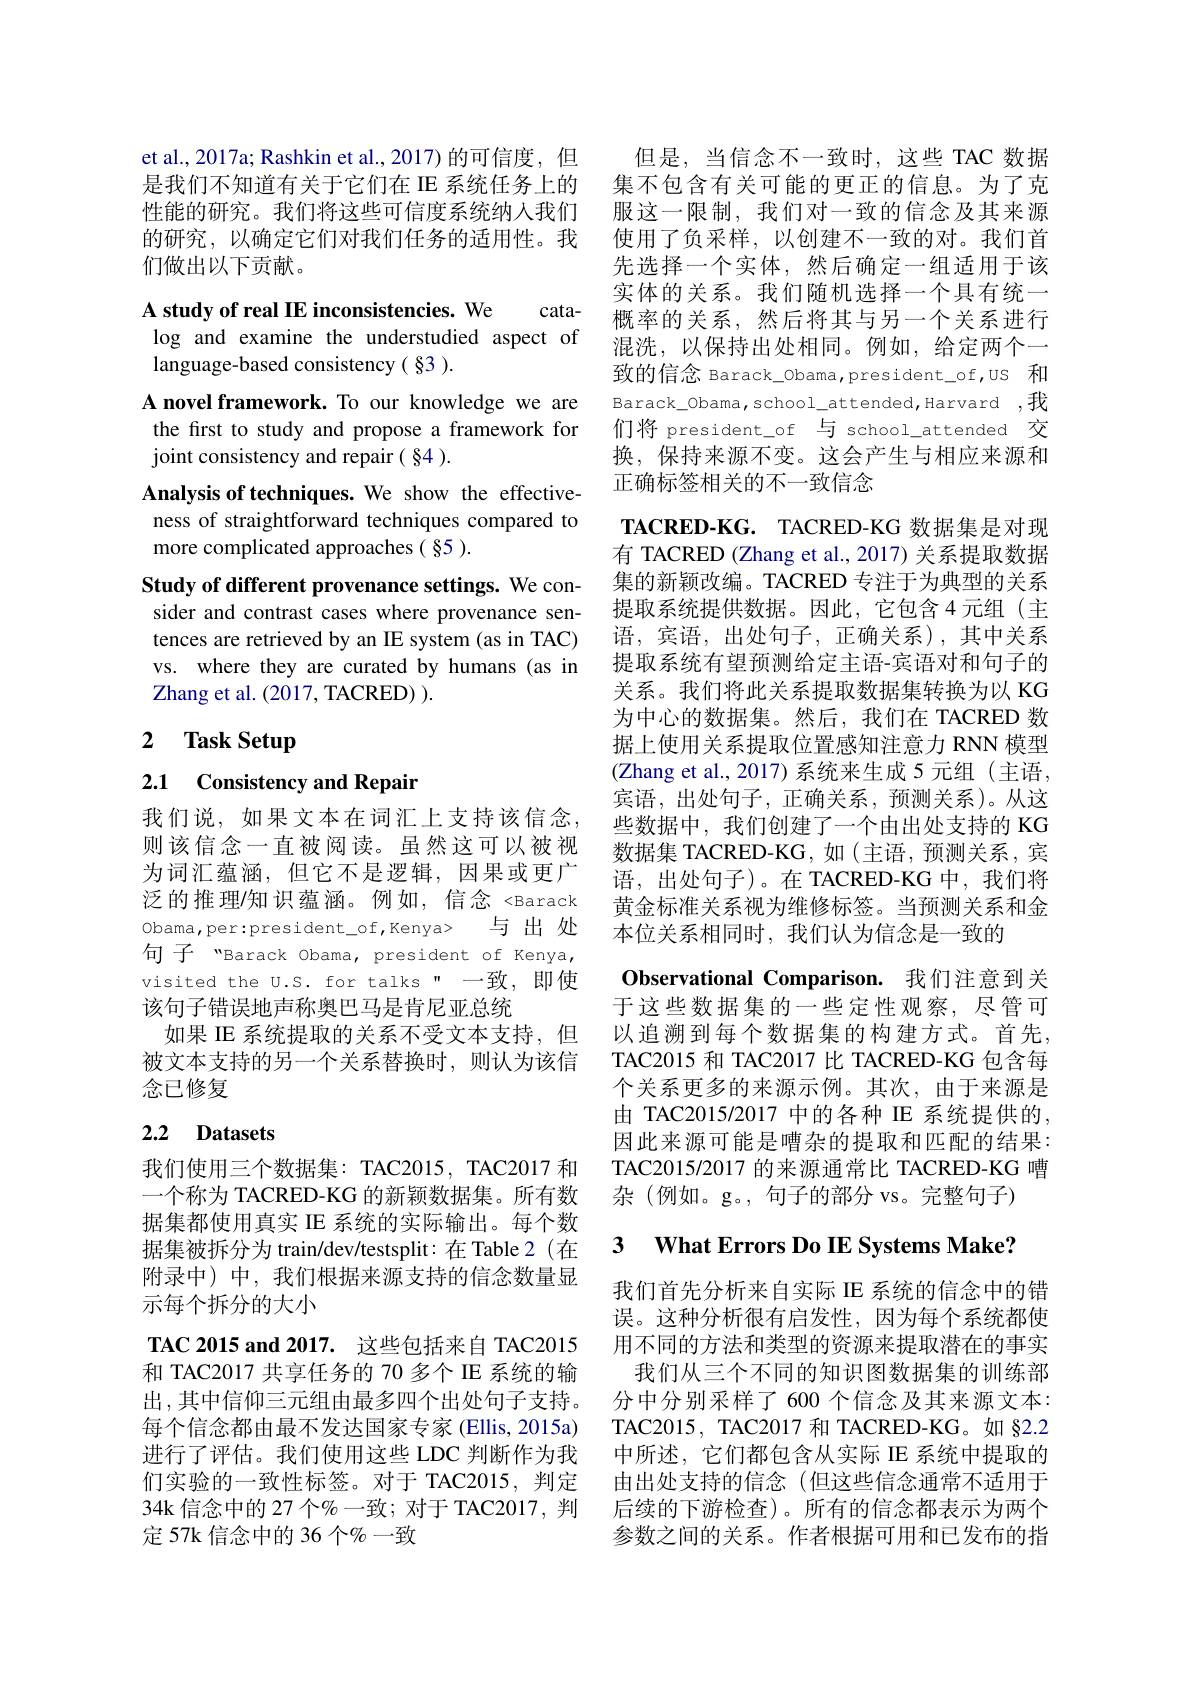
et al., 2017a; Rashkin et al., 2017) 的可信度，但 但是，当信念不一致时，这些 TAC 数据是我们不知道有关于它们在 IE 系统任务上的 集不包含有关可能的更正的信息。为了克性能的研究。我们将这些可信度系统纳人我们 服这一限制，我们对一致的信念及其来源的研究，以确定它们对我们任务的适用性。我 使用了负采样，以创建不一致的对。我们首们做出以下贡献。

A study of real IE inconsistencies. We

cata-
log and examine the understudied aspect of
language-based consistency( §3 ).
A novel framework. To our knowledge we are the first to study and propose a framework for joint consistency and repair ( §4 ).
Analysis of techniques. We show the effectiveness of straightforward techniques compared to more complicated approaches ( §5 ).
Study of different provenance settings. We consider and contrast cases where provenance sentences are retrieved by an IE system (as in TAC) vs. where they are curated by humans (as in Zhang et al. ( 2017, TACRED) ) .

# 2 Task Setup

2.1 Consistency and Repair

我们说，如果文本在词汇上支持该信念， 则该信念一直被阅读。虽然这可以被视为词汇蕴涵，但它不是逻辑，因果或更广泛的推理/知识蕴涵。例如，信念<Barack 0bama,per:president\_of,Kenya> 与出处句子 "Barack Obama, president of Kenya, visited the U.S. for talks" 一致，即使该句子错误地声称奥巴马是肯尼亚总统
如果 IE 系统提取的关系不受文本支持，但被文本支持的另一个关系替换时，则认为该信念已修复

## 2.2 Datasets

我们使用三个数据集：TAC2015, TAC2017 和一个称为 TACRED-KG 的新颖数据集。所有数据集都使用真实 IE 系统的实际输出。每个数据集被拆分为 train/dev/testsplit: 在 Table 2 (在附录中)中，我们根据来源支持的信念数量显示每个拆分的大小
TAC 2015 and 2017. 这些包括来自 TAC2015和 TAC2017 共享任务的 70 多个 IE 系统的输出，其中信仰三元组由最多四个出处句子支持。每个信念都由最不发达国家专家 (Ellis, 2015a) 进行了评估。我们使用这些 LDC 判断作为我们实验的一致性标签。对于 TAC2015,判定34k 信念中的 27 个%一致；对于 TAC2017, 判定 57k 信念中的 36 个$\%$ 一致

先选择一个实体，然后确定一组适用于该实体的关系。我们随机选择一个具有统一概率的关系，然后将其与另一个关系进行混洗，以保持出处相同。例如，给定两个一致的信念 Barack\_0bama,president\_of,us 和Barack\_Obama,school\_attended,Harvard ,我们将 president\_of 与 school\_attended 交换，保持来源不变。这会产生与相应来源和正确标签相关的不一致信念
$\textbf{TACRED- KG. }$ TACRED-KG 数据集是对现有 TACRED (Zhang et al., 2017) 关系提取数据集的新颖改编。TACRED 专注于为典型的关系提取系统提供数据。因此，它包含4元组(主语，宾语，出处句子，正确关系),其中关系提取系统有望预测给定主语-宾语对和句子的关系。我们将此关系提取数据集转换为以 KG 为中心的数据集。然后，我们在 TACRED 数据上使用关系提取位置感知注意力 RNN 模型(Zhang et al., 2017)系统来生成 5 元组(主语， 宾语，出处句子，正确关系，预测关系)。从这些数据中，我们创建了一个由出处支持的 KG 数据集 TACRED-KG, 如 (主语，预测关系，宾语，出处句子)。在 TACRED-KG 中，我们将黄金标准关系视为维修标签。当预测关系和金本位关系相同时，我们认为信念是一致的
Observational Comparison. 我们注意到关于这些数据集的一些定性观察，尽管可以追溯到每个数据集的构建方式。首先， TAC2015 和 TAC2017 比 TACRED-KG 包含每个关系更多的来源示例。其次，由于来源是由 TAC2015/2017 中的各种 IE 系统提供的， 因此来源可能是嘈杂的提取和匹配的结果： TAC2015/2017 的来源通常比 TACRED-KG 嘈杂(例如。g。,句子的部分 vs。完整句子) 3 $\textbf{What Errors Do IE Systems Make? }$

我们首先分析来自实际 IE 系统的信念中的错误。这种分析很有启发性，因为每个系统都使用不同的方法和类型的资源来提取潜在的事实我们从三个不同的知识图数据集的训练部分中分别采样了600个信念及其来源文本： TAC2015, TAC2017 和 TACRED-KG。如 §2.2中所述，它们都包含从实际 IE 系统中提取的由出处支持的信念(但这些信念通常不适用于后续的下游检查)。所有的信念都表示为两个参数之间的关系。作者根据可用和已发布的指